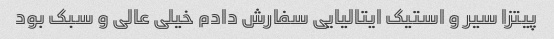
پیتزا سیر و استیک ایتالیایی سفارش دادم خیلی عالی و سبک بود